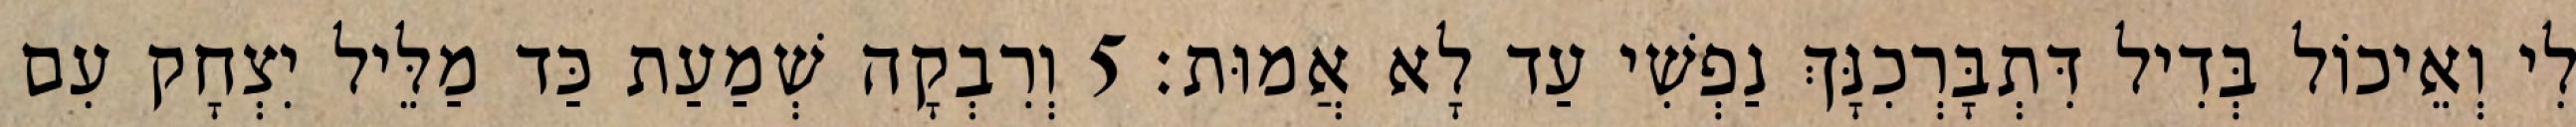
לִי וְאֵיכוֹל בְּדִיל דִּתְבָּרְכִנָּךְ נַפְשִׁי עַד לָא אֲמוּת׃ 5 וְרִבְקָה שְׁמַעַת כַּד מַלֵּיל יִצְחָק עִם